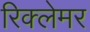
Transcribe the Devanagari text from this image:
रिक्लेमर